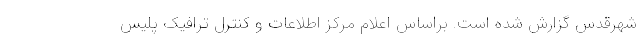
شهرقدس گزارش شده است. براساس اعلام مرکز اطلاعات و کنترل ترافیک پلیس